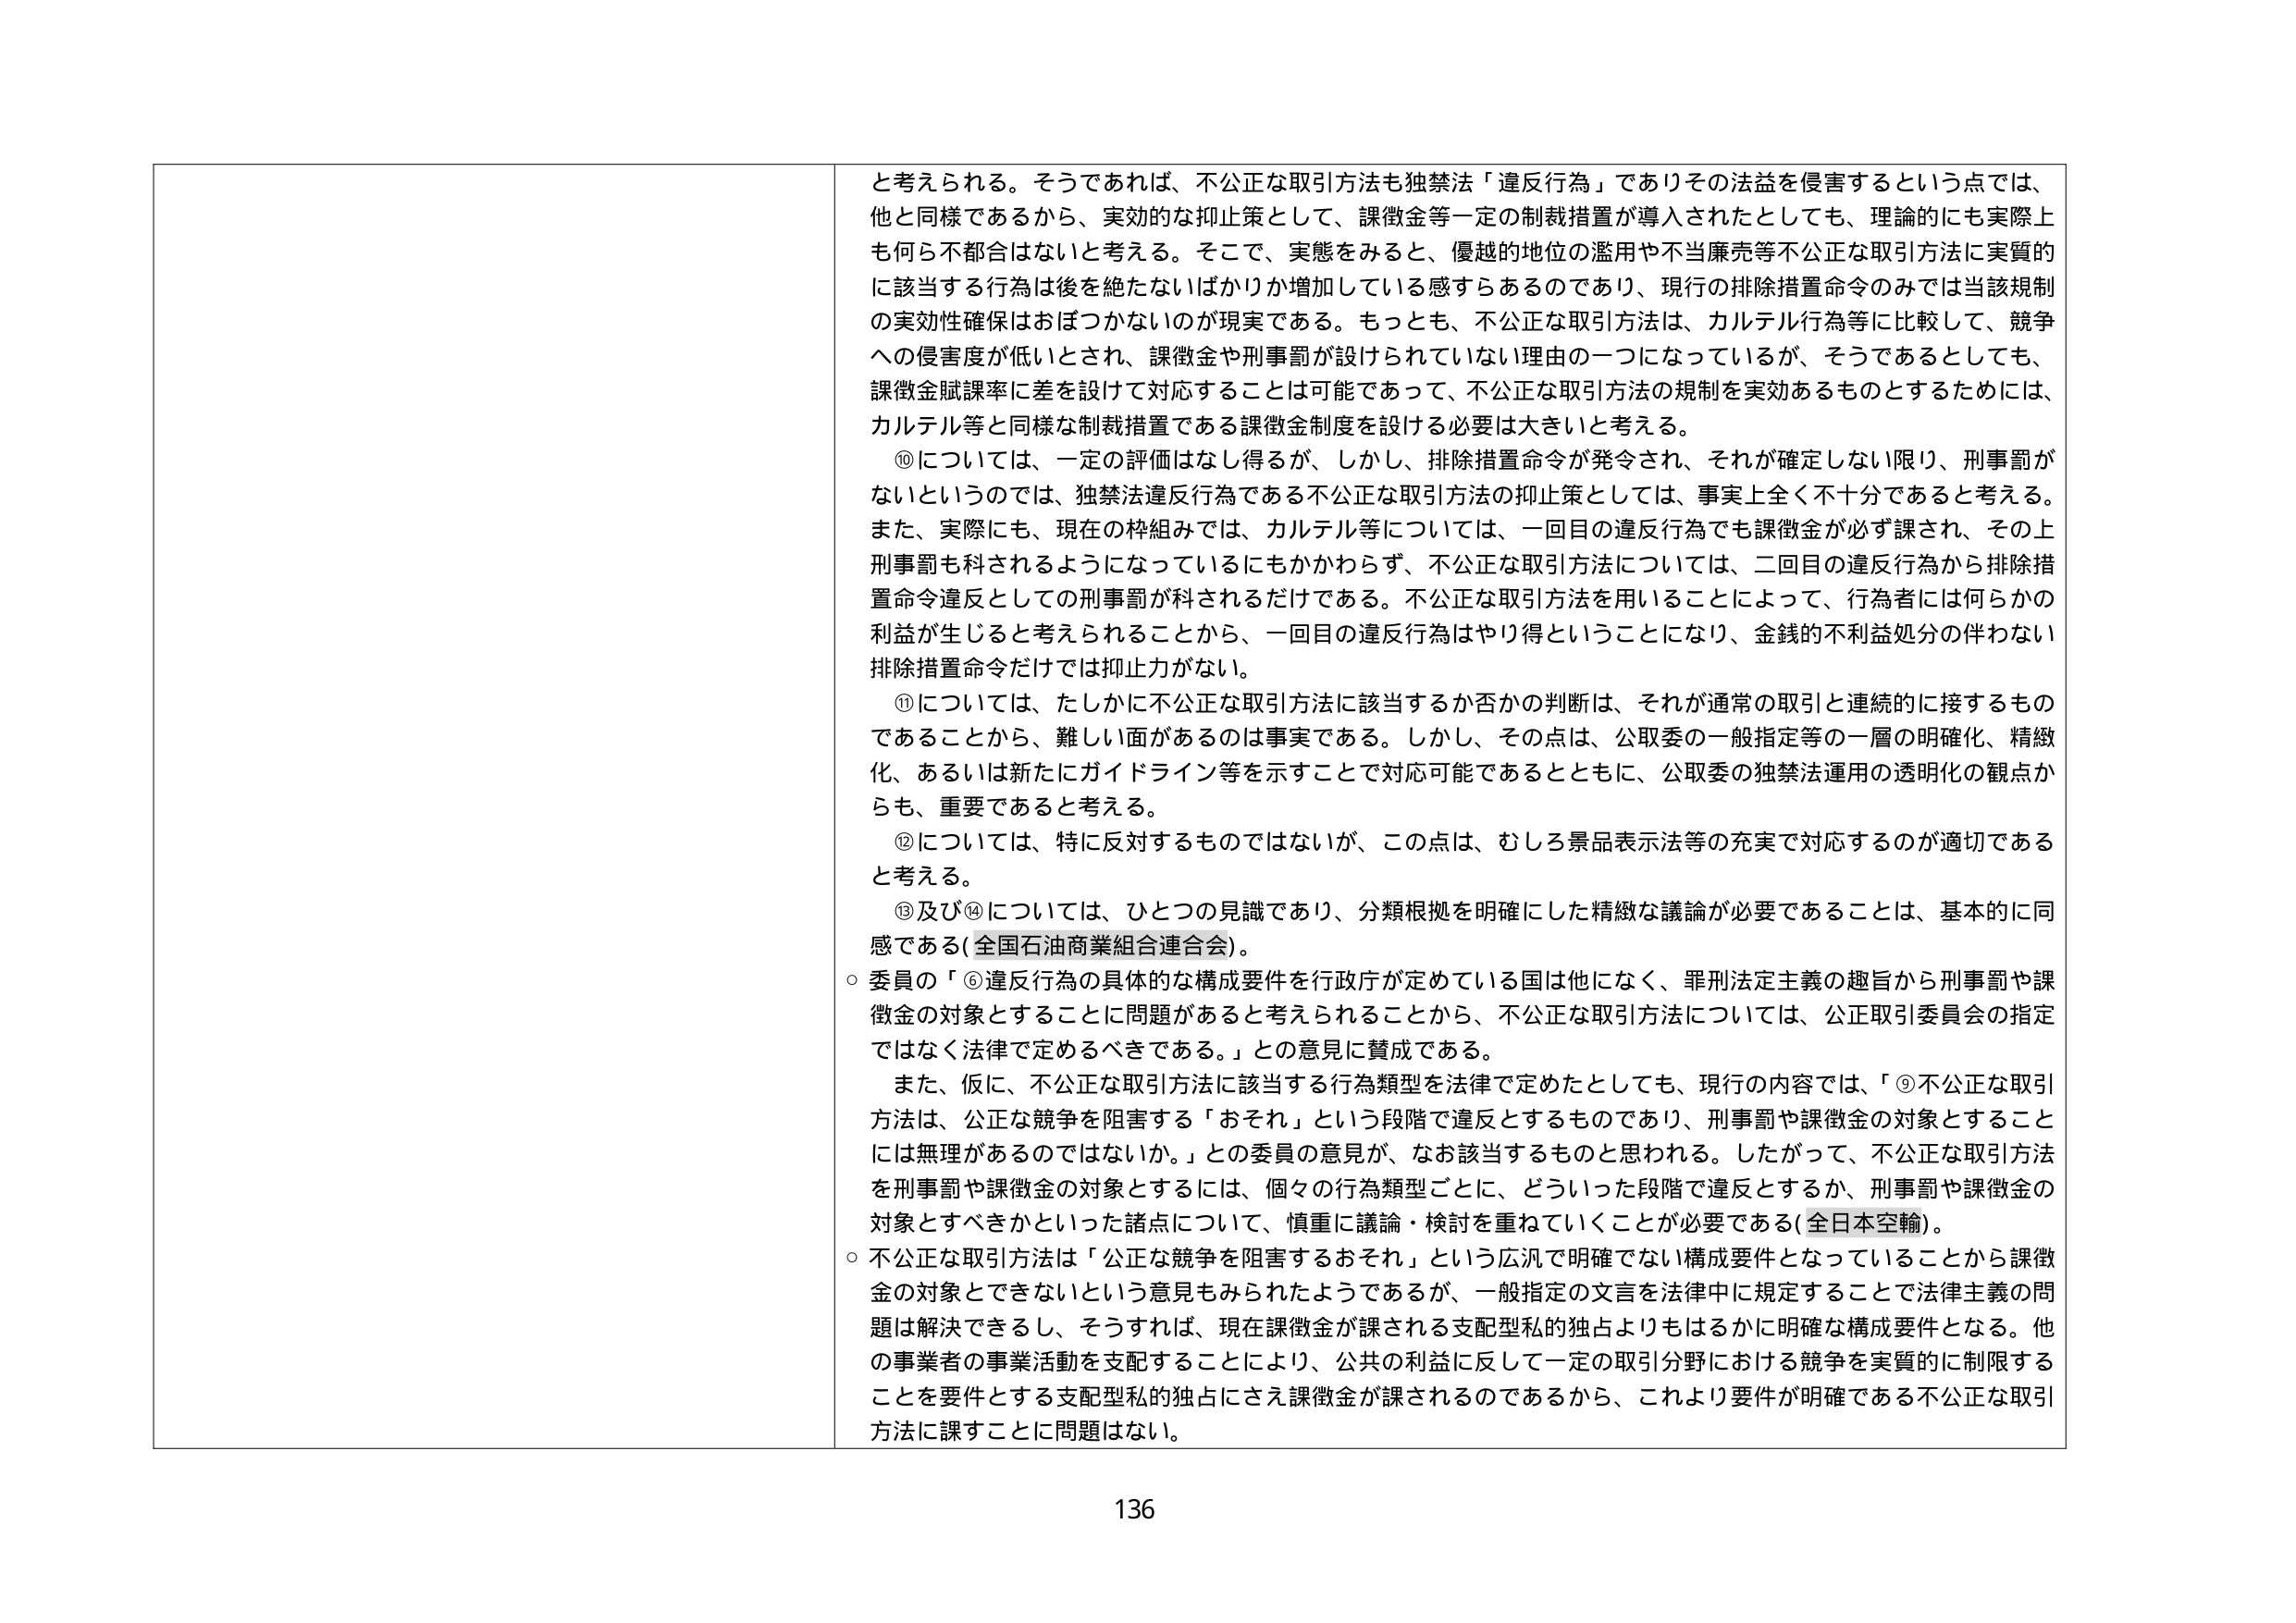
と考えられる。そうであれば、不公正な取引方法も独禁法「違反行為」でありその法益を侵害するという点では、
他と同様であるから、実効的な抑止策として、課徴金等一定の制裁措置が導入されたとしても、理論的にも実際上
も何ら不都合はないと考える。そこで、実態をみると、優越的地位の濫用や不当廉売等不公正な取引方法に実質的
に該当する行為は後を絶たないばかりか増加している感すらあるのであり、現行の排除措置命令のみでは当該規制
の実効性確保はおぼつかないのが現実である。もっとも、不公正な取引方法は、カルテル行為等に比較して、競争
への侵害度が低いとされ、課徴金や刑事罰が設けられていない理由の一つになっているが、そうであるとしても、
課徴金賦課率に差を設けて対応することは可能であって、不公正な取引方法の規制を実効あるものとするためには、
カルテル等と同様な制裁措置である課徴金制度を設ける必要は大きいと考える。

⑩については、一定の評価はなし得るが、しかし、排除措置命令が発令され、それが確定しない限り、刑事罰が
ないというのは、独禁法違反行為である不公正な取引方法の抑止策としては、事実上全く不十分であると考える。
また、実際にも、現在の枠組みでは、カルテル等については、一回目の違反行為でも課徴金が必ず課され、その上
刑事罰も科されるようになっているにもかかわらず、不公正な取引方法については、二回目の違反行為から排除措
置命令違反としての刑事罰が科されるだけである。不公正な取引方法を用いることによって、行為者には何らかの
利益が生じると考えられることから、一回目の違反行為はやり得ということになり、金銭的不利益処分の伴わない
排除措置命令だけでは抑止力がない。

⑪については、たしかに不公正な取引方法に該当するか否かの判断は、それが通常の取引と連続的に接するもの
であることから、難しい面があるのは事実である。しかし、その点は、公取委の一般指定等の一層の明確化、精緻
化、あるいは新たにガイドライン等を示すことで対応可能であるとともに、公取委の独禁法運用の透明化の観点か
らも、重要であると考える。

⑫については、特に反対するものではないが、この点は、むしろ景品表示法等の充実で対応するのが適切である
と考える。

⑬及び⑭については、ひとつの見識であり、分類根拠を明確にした精緻な議論が必要であることは、基本的に同
感である（全国石油商業組合連合会）。

○ 委員の「⑤違反行為の具体的な構成要件を行政庁が定めている国は他になく、罪刑法定主義の趣旨から刑事罰や課
徴金の対象とすることに問題があると考えられることから、不公正な取引方法については、公正取引委員会の指定
ではなく法律で定めるべきである。」との意見に賛成である。

また、仮に、不公正な取引方法に該当する行為類型を法律で定めたとしても、現行の内容では、「⑨不公正な取引
方法は、公正な競争を阻害する「おそれ」という段階で違反とするものであり、刑事罰や課徴金の対象とすること
には無理があるのではないか。」との委員の意見が、なお該当するものと思われる。したがって、不公正な取引方法
を刑事罰や課徴金の対象とするには、個々の行為類型ごとに、どういった段階で違反とするか、刑事罰や課徴金の
対象とすべきかといった諸点について、慎重に議論・検討を重ねていくことが必要である（全日本空輸）。

○ 不公正な取引方法は「公正な競争を阻害するおそれ」という広汎で明確でない構成要件となっていることから課徴
金の対象とできないという意見もみられたようであるが、一般指定の文言を法律中に規定することで法律主義の問
題は解決できるし、そうすれば、現在課徴金が課される支配型私的独占よりもはるかに明確な構成要件となる。他
の事業者の事業活動を支配することにより、公共の利益に反して一定の取引分野における競争を実質的に制限する
ことを要件とする支配型私的独占にさえ課徴金が課されるのであるから、これより要件が明確である不公正な取引
方法に課すことに問題はない。

136